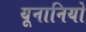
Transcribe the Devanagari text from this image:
यूनानियो